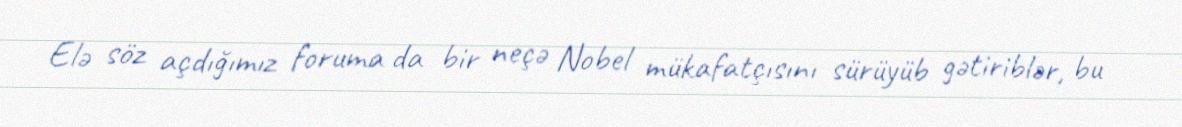
Elə söz açdığımız foruma da bir neçə Nobel mükafatçısını sürüyüb gətiriblər, bu